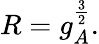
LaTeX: R=g_{A}^{\frac{3}{2}}.